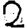
Digit: 2